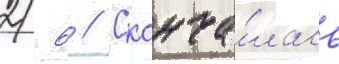
2/ 6 // Сконча́лась